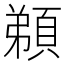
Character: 𩓂